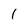
Character: 1